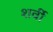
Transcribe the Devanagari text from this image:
शर्वी